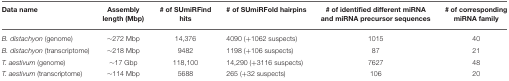
<table><thead><tr><td><b>Data name</b></td><td><b>Assembly length (Mbp)</b></td><td><b># of SUmiRFind hits</b></td><td><b># of SUmiRFold hairpins</b></td><td><b># of identified different miRNA and miRNA precursor sequences</b></td><td><b># of corresponding miRNA family</b></td></tr></thead><tbody><tr><td><i>B. distachyon</i> (genome)</td><td>~272 Mbp</td><td>14,376</td><td>4090 (+1062 suspects)</td><td>1015</td><td>40</td></tr><tr><td><i>B. distachyon</i> (transcriptome)</td><td>~218 Mbp</td><td>9482</td><td>1198 (+106 suspects)</td><td>87</td><td>21</td></tr><tr><td><i>T. aestivum</i> (genome)</td><td>~17 Gbp</td><td>118,100</td><td>14,290 (+3116 suspects)</td><td>7627</td><td>48</td></tr><tr><td><i>T. aestivum</i> (transcriptome)</td><td>~114 Mbp</td><td>5688</td><td>265 (+32 suspects)</td><td>106</td><td>20</td></tr></tbody></table>